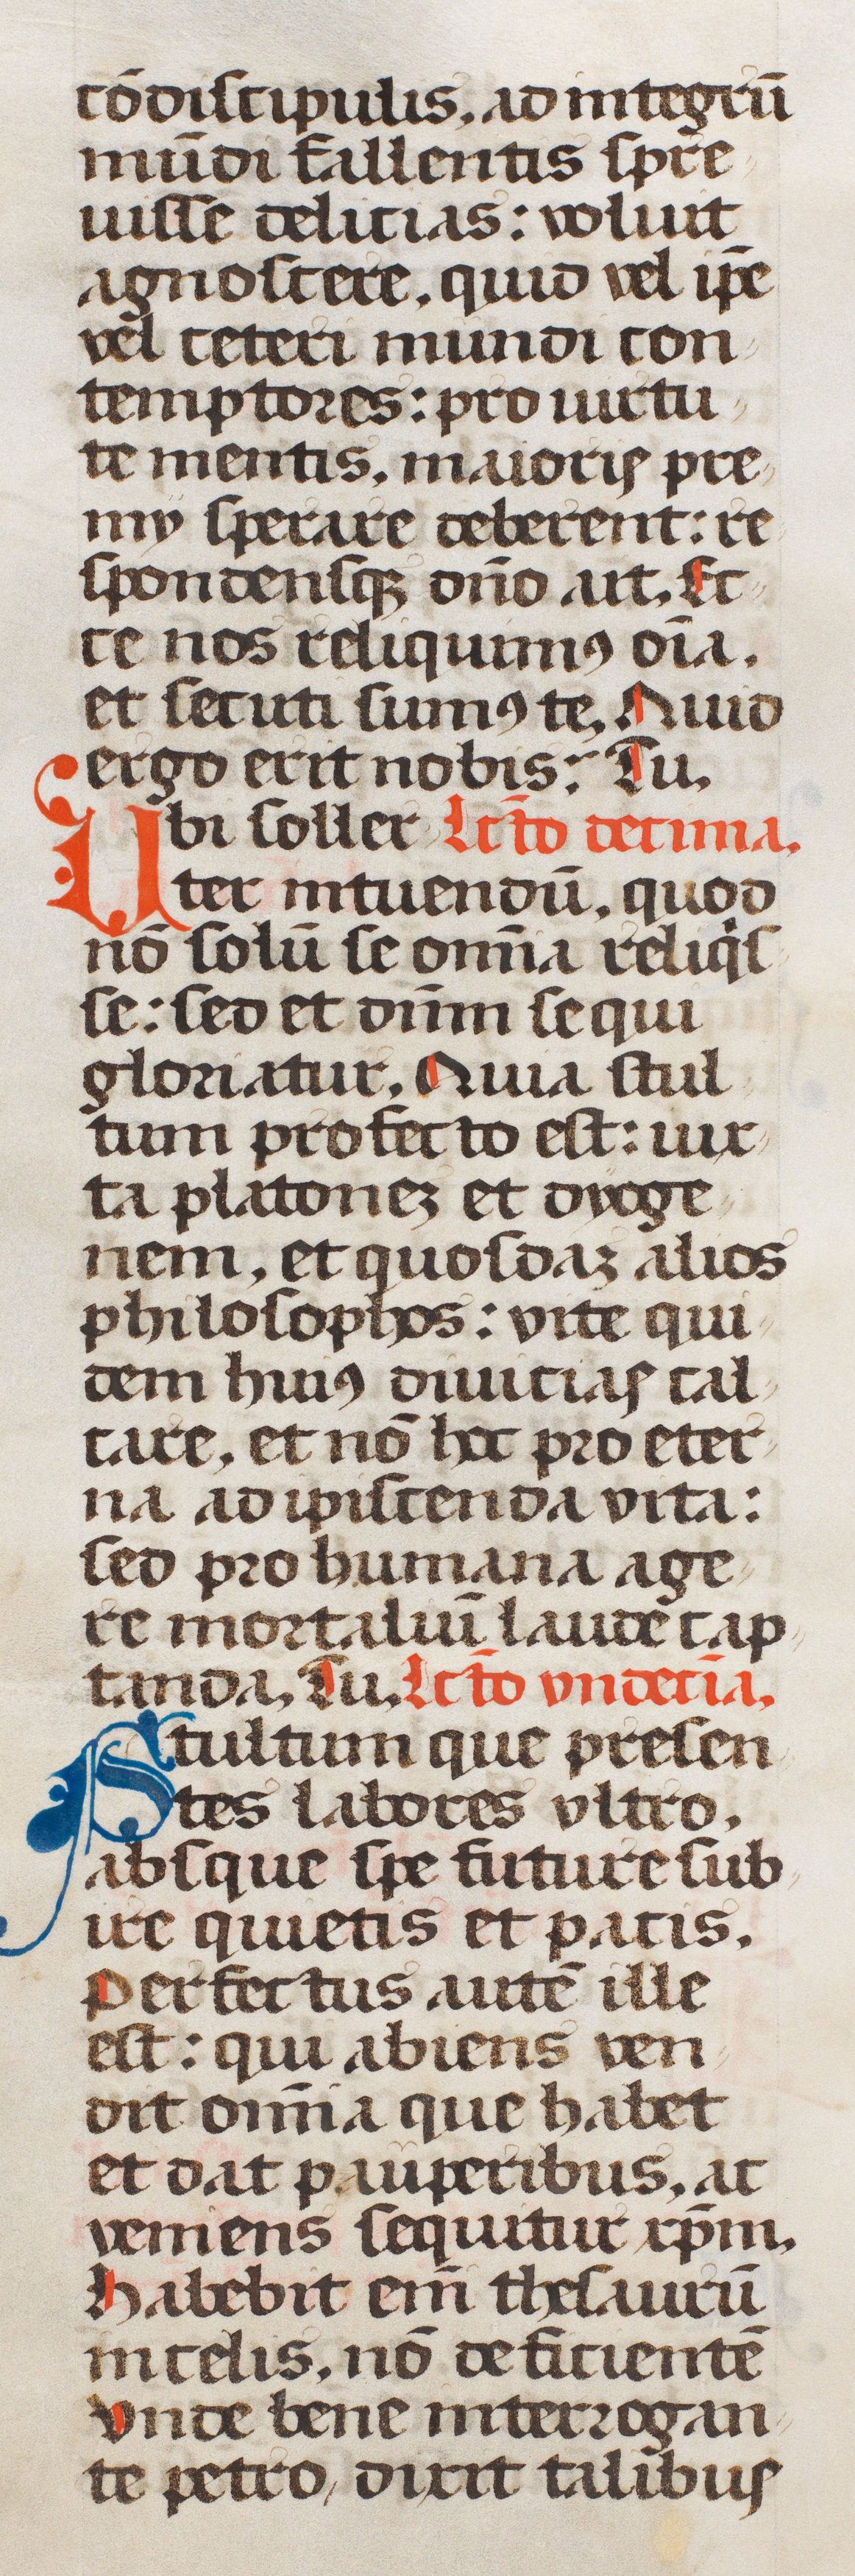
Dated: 1507–1517